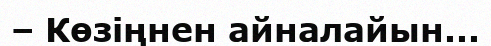
– Көзіңнен айналайын...